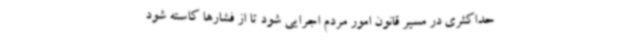
حداکثری در مسیر قانون امور مردم اجرایی شود تا از فشارها کاسته شود